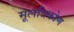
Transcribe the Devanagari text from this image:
मूलत्रिकोण